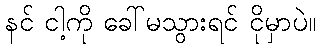
နင် ငါ့ကို ခေါ်မသွားရင် ငိုမှာပဲ။